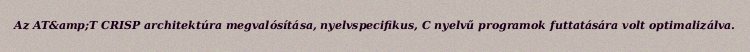
Az AT&amp;T CRISP architektúra megvalósítása, nyelvspecifikus, C nyelvű programok futtatására volt optimalizálva.